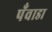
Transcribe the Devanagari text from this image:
पँवाडा